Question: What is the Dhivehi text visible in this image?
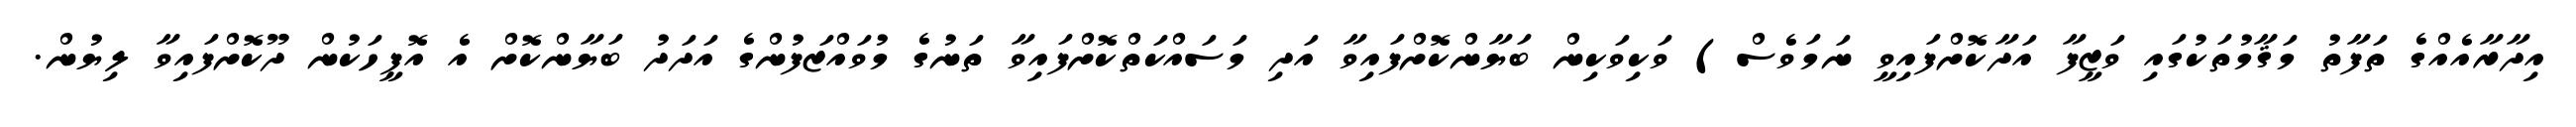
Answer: އިދާރާއެއްގެ ތަފާތު މަޤާމުތަކުގައި ވަޒީފާ އަދާކޮށްފައިވީ ނަމަވެސް) ވަކިވަކިން ބަޔާންކޮށްފައިވާ އަދި މަސައްކަތްކޮށްފައިވާ ތަނުގެ މުވައްޒަފުންގެ އަދަދު ބަޔާންކޮށް އެ އޮފީހަކުން ދޫކޮށްފައިވާ ލިޔުން.